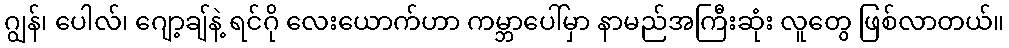
ဂျွန်၊ ပေါလ်၊ ဂျော့ချ်နဲ့ ရင်ဂို လေးယောက်ဟာ ကမ္ဘာပေါ်မှာ နာမည်အကြီးဆုံး လူတွေ ဖြစ်လာတယ်။